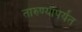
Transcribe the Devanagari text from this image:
तारुण्यापर्यंत